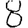
Digit: 8